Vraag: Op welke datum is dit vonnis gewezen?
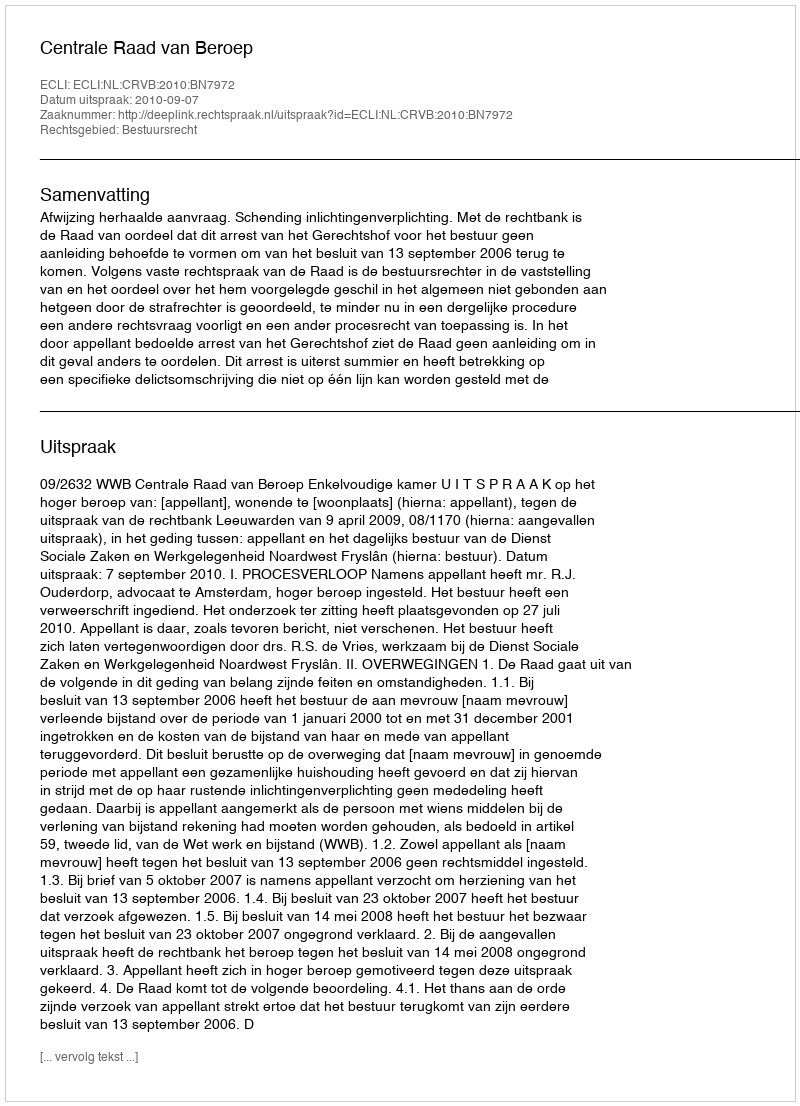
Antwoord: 2010-09-07